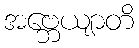
အဗ္ဘေယျာတိ